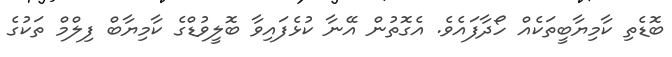
ބޮޑެތި ކާމިޔާބީތަކެއް ހޯދާފައެވެ. އެގޮތުން އޭނާ ކުޅެފައިވާ ބޮލީވުޑްގެ ކާމިޔާބް ފިލްމް ތަކުގެ